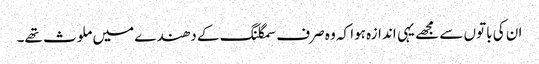
ان کی باتوں سے مجھے یہی اندازہ ہوا کہ وہ صرف سمگلنگ کے دھندے میں ملوث تھے۔